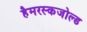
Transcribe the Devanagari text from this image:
हैमरस्कजोल्‍ड